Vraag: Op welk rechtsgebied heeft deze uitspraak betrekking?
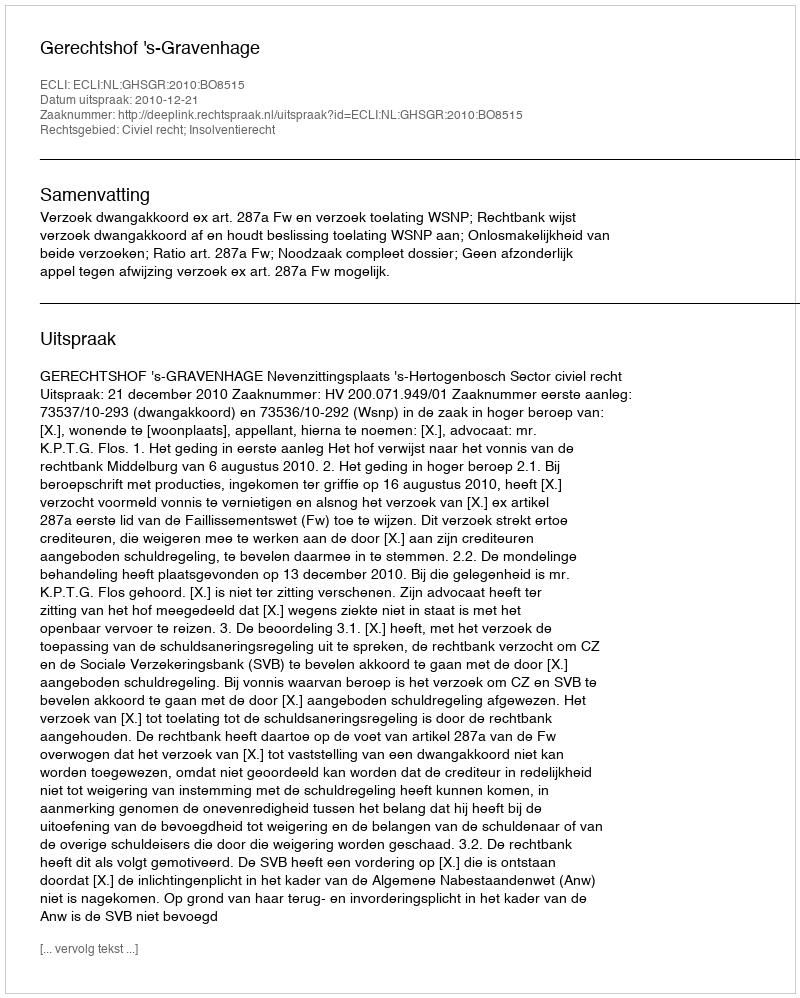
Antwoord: Civiel recht; Insolventierecht